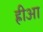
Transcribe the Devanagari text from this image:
ह्रीआ